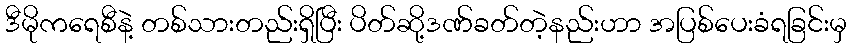
ဒီမိုကရေစီနဲ့ တစ်သားတည်းရှိပြီး ပိတ်ဆို့ဒဏ်ခတ်တဲ့နည်းဟာ အပြစ်ပေးခံရခြင်းမှ